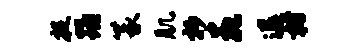
捉踊篆肌抄花退枋